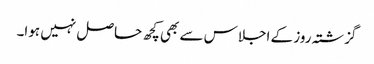
گزشتہ روز کے اجلاس سے بھی کچھ حاصل نہیں ہوا۔